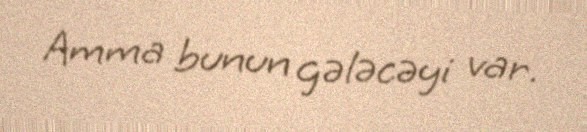
Amma bunun gələcəyi var.